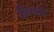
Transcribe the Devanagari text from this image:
किनखेड